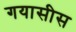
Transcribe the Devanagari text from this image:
गयासीस